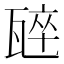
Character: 𭺣